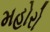
મહોરો